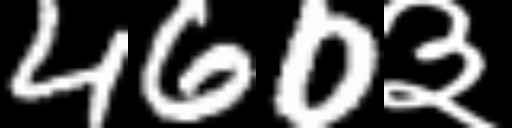
Text: 460३